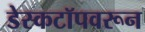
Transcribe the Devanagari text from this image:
डेस्कटॉपवरून